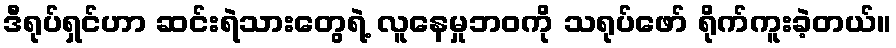
ဒီရုပ်ရှင်ဟာ ဆင်းရဲသားတွေရဲ့ လူနေမှုဘဝကို သရုပ်ဖော် ရိုက်ကူးခဲ့တယ်။